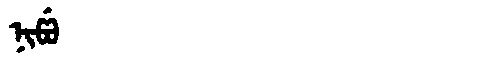
Manchu: ᠨᡳᡦᡠ
Romanization: NIPU